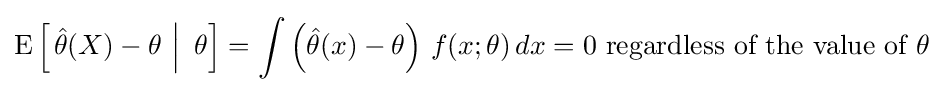
\operatorname {E} \left[\left.{\hat {\theta }}(X)-\theta \,\,\right|\,\,\theta \right]=\int \left({\hat {\theta }}(x)-\theta \right)\,f(x;\theta )\,dx=0{\text{ regardless of the value of }}\theta